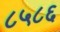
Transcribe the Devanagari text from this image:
८५८६